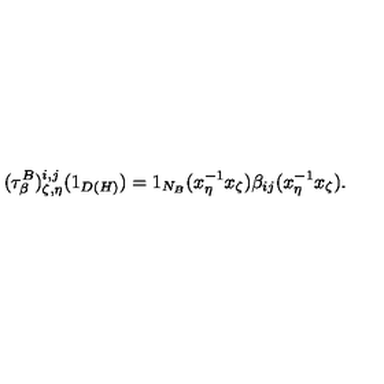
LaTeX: ( \tau _ { \beta } ^ { B } ) _ { \zeta , \eta } ^ { i , j } ( 1 _ { D ( H ) } ) = 1 _ { N _ { B } } ( x _ { \eta } ^ { - 1 } x _ { \zeta } ) \beta _ { i j } ( x _ { \eta } ^ { - 1 } x _ { \zeta } ) .